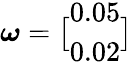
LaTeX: \displaystyle\boldsymbol{\omega}=\bigl[\begin{array}{l}{0.05}\\ {0.02}\end{array}\bigr]